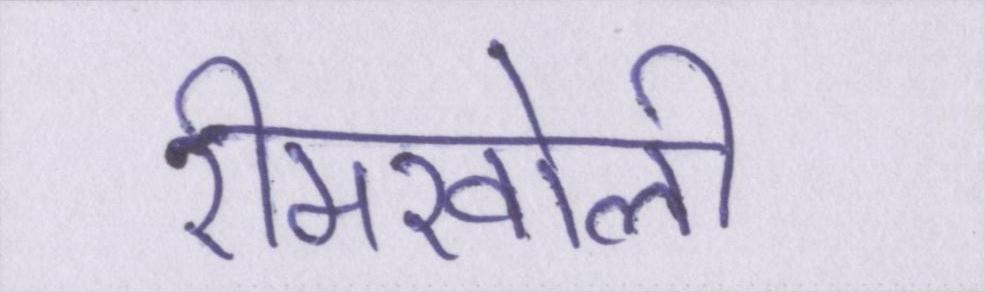
रीमखोली